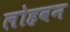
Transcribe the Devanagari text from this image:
लोहवन